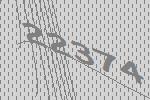
22374